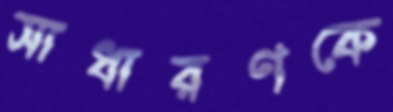
সাধারণকে